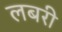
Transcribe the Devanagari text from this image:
लबरी